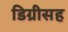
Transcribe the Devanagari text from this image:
डिग्रीसह